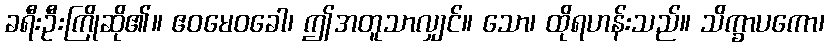
ခရီးဦးကြိုဆို၏။ ဧဝမေဝခေါ၊ ဤအတူသာလျှင်။ သော၊ ထိုရဟန်းသည်။ သိက္ခာပကော၊